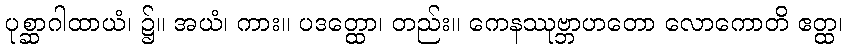
ပုစ္ဆာဂါထာယံ၊ ၌။ အယံ၊ ကား။ ပဒတ္ထော၊ တည်း။ ကေနဿုဗ္ဘာဟတော လောကောတိ ဧတ္ထ၊